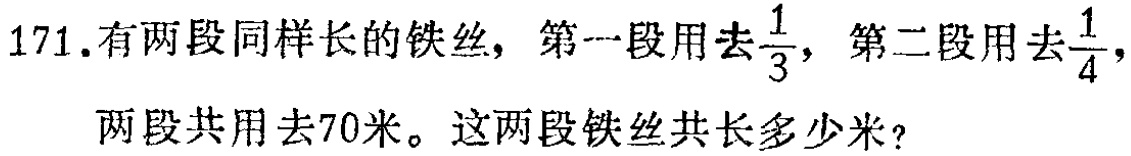
171.有两段同样长的铁丝，第一段用去$\frac{1}{3}$，第二段用去$\frac{1}{4}$，两段共用去70米。这两段铁丝共长多少米？